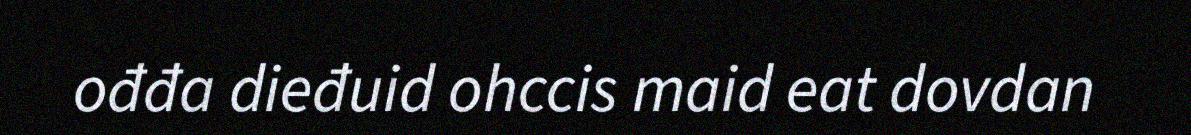
ođđa dieđuid ohccis maid eat dovdan